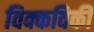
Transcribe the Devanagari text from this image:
विक्कविकी